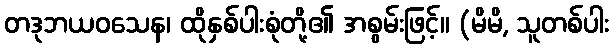
တဒုဘယဝသေန၊ ထိုနှစ်ပါးစုံတို့၏ အစွမ်းဖြင့်။ (မိမိ, သူတစ်ပါး